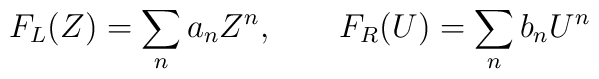
F_{L}(Z)= \sum_{n} a_{n} Z^{n},~~~~~~F_{R}(U)=\sum_{n} b_{n} U^{n}